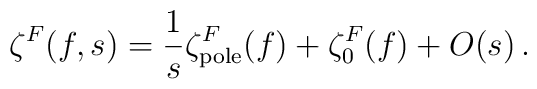
\zeta^F (f,s)=\frac 1s \zeta^F_{\mbox{\scriptsize pole}}(f)+\zeta^F_0 (f)+O(s) \,.